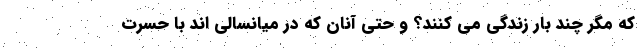
که مگر چند بار زندگی می کنند؟ و حتی آنان که در میانسالی اند با حسرت